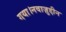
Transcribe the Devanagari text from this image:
गया।नवाज़ुद्दीन